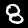
Digit: 8